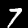
Digit: 7